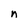
Character: n